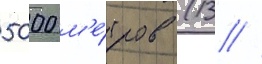
5000 м'е́тров (13 //